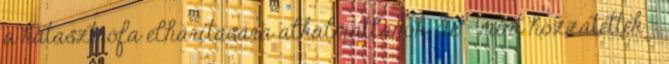
a katasztrófa elhárítására alkalmatlanok, de - mint hozzátették -